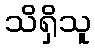
သိရှိသူ